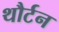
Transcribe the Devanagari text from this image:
थौर्टन